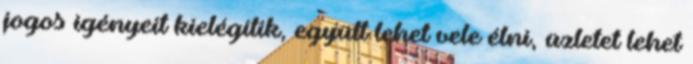
jogos igényeit kielégítik, együtt lehet vele élni, üzletet lehet